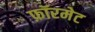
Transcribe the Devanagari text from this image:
फ़ॉरमेट